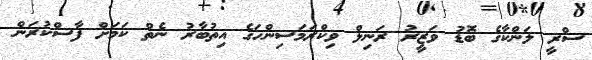
ސްރީ ލަންކާގެ ބޮޑު ވަޒީރު ރަނިލް ވިކްރަމަސިންހަގެ އިތުބާރު ނެތް ކަމަށް ފާސްކުރަން